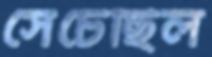
সেচেছিল